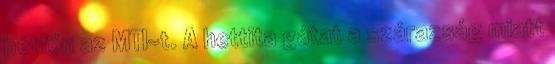
hétfőn az MTI-t. A hettita gátat a szárazság miatt